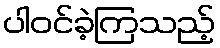
ပါဝင်ခဲ့ကြသည့်